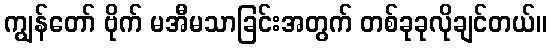
ကျွန်တော် ဗိုက် မအီမသာခြင်းအတွက် တစ်ခုခုလိုချင်တယ်။